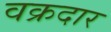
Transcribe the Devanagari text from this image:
वक्रदार